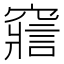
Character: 𥨉